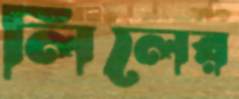
লিলের